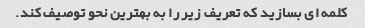
کلمه ای بسازید که تعریف زیر را به بهترین نحو توصیف کند.